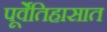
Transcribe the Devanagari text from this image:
पूर्वेतिहासात